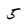
Character: 5